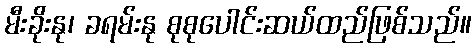
မီးခိုးနု၊ ခရမ်းနု စုစုပေါင်းဆယ်ထည်ဖြစ်သည်။